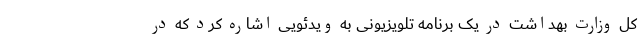
کل وزارت بهداشت در یک برنامه تلویزیونی به ویدئویی اشاره کرد که در